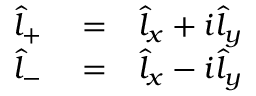
\begin{array} { r l r } { \hat { l } _ { + } } & { { } = } & { \hat { l } _ { x } + i \hat { l } _ { y } } \\ { \hat { l } _ { - } } & { { } = } & { \hat { l } _ { x } - i \hat { l } _ { y } } \end{array}